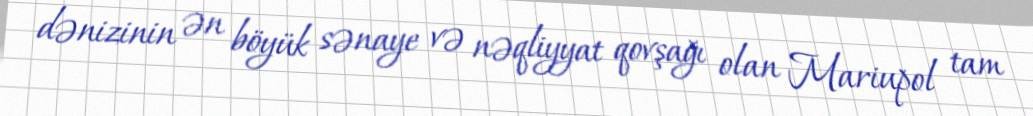
dənizinin ən böyük sənaye və nəqliyyat qovşağı olan Mariupol tam